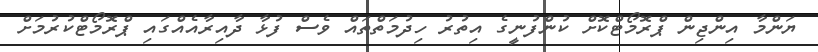
ޔަންމާ އިންޖިން ޕްރޮމޯޓްކޮށް ކުންފުނީގެ އިތުރު ހިދުމަތްތައް ވެސް ފުޅާ ދާއިރާއެއްގައި ޕްރޮމޯޓްކުރުމަށް